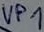
Text: VP1